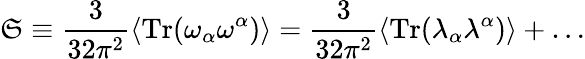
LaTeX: \mathfrak{S}\equiv\frac{{3}}{{32\pi^{2}}}\langle\mathrm{{Tr}}(\omega_{\alpha}\omega^{\alpha})\rangle=\frac{{3}}{{32\pi^{2}}}\langle\mathrm{{Tr}}(\lambda_{\alpha}\lambda^{\alpha})\rangle+\ldots